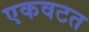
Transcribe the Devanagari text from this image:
एकवटत